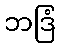
ဘဒြံ